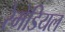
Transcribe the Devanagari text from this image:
रेमेडियल